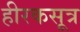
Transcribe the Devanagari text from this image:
हीरकसूत्र